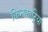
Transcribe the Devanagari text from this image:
क्विनक्वाट्रिया